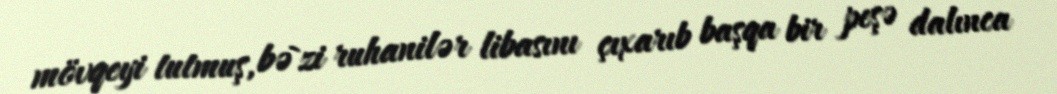
mövqeyi tutmuş, bə`zi ruhanilər libasını çıxarıb başqa bir peşə dalınca